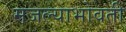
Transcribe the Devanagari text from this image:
मजल्याभोवती